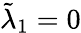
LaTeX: \tilde{\lambda}_{1}=0